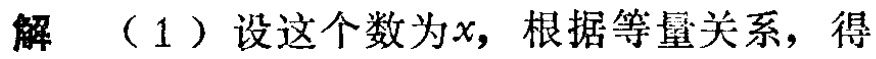
解 （1）设这个数为\(x\)，根据等量关系，得